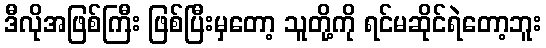
ဒီလိုအဖြစ်ကြီး ဖြစ်ပြီးမှတော့ သူတို့ကို ရင်မဆိုင်ရဲတော့ဘူး